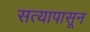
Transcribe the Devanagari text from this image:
सत्यापासून